Vaccination report Assam 1896-1927 - 1896-1927
Year: 1896
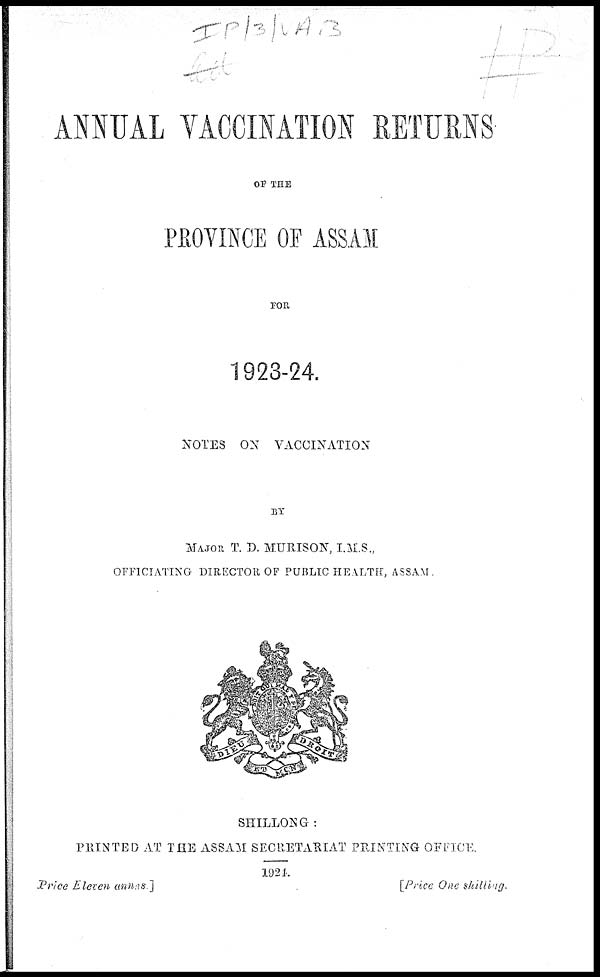
ANNUAL VACCINATION RETURNS
OF THE
PROVINCE OF ASSAM
FOR
1923-24.
NOTES ON VACCINATION
BY
MAJOR T. D. MURISON, I.M.S.,
OFFICIATING DIRECTOR OF PUBLIC HEALTH, ASSAM
SHILLONG:
PRINTED AT THE ASSAM SECRETARIAT PRINTING OFFICE.
1924.
Price Eleven annas ]
[Price One shilling.